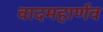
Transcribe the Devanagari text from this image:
वादमहार्णव